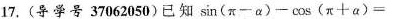
17.(导学号37062050)已知$$sin ( π - α ) - cos ( π + α ) =$$